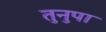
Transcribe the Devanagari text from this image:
तुनुपा